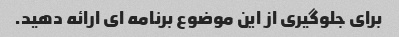
برای جلوگیری از این موضوع برنامه ای ارائه دهید.